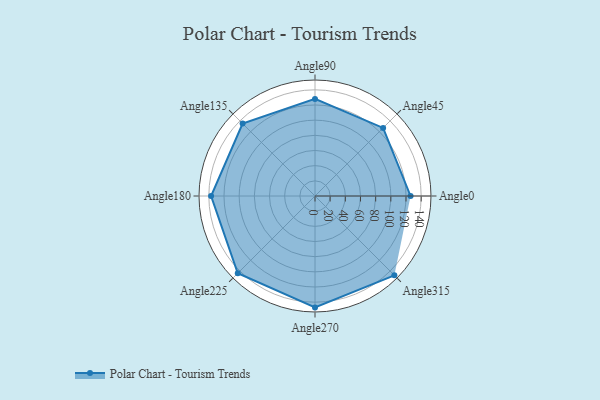
{"axis": {"x": "Angle", "y": "Radius"}, "legend": [""], "data": [{"x": "Angle0", "y": 126.0, "type": ""}, {"x": "Angle45", "y": 127.0, "type": ""}, {"x": "Angle90", "y": 128.0, "type": ""}, {"x": "Angle135", "y": 135.0, "type": ""}, {"x": "Angle180", "y": 137.0, "type": ""}, {"x": "Angle225", "y": 144.0, "type": ""}, {"x": "Angle270", "y": 147.0, "type": ""}, {"x": "Angle315", "y": 148.0, "type": ""}]}